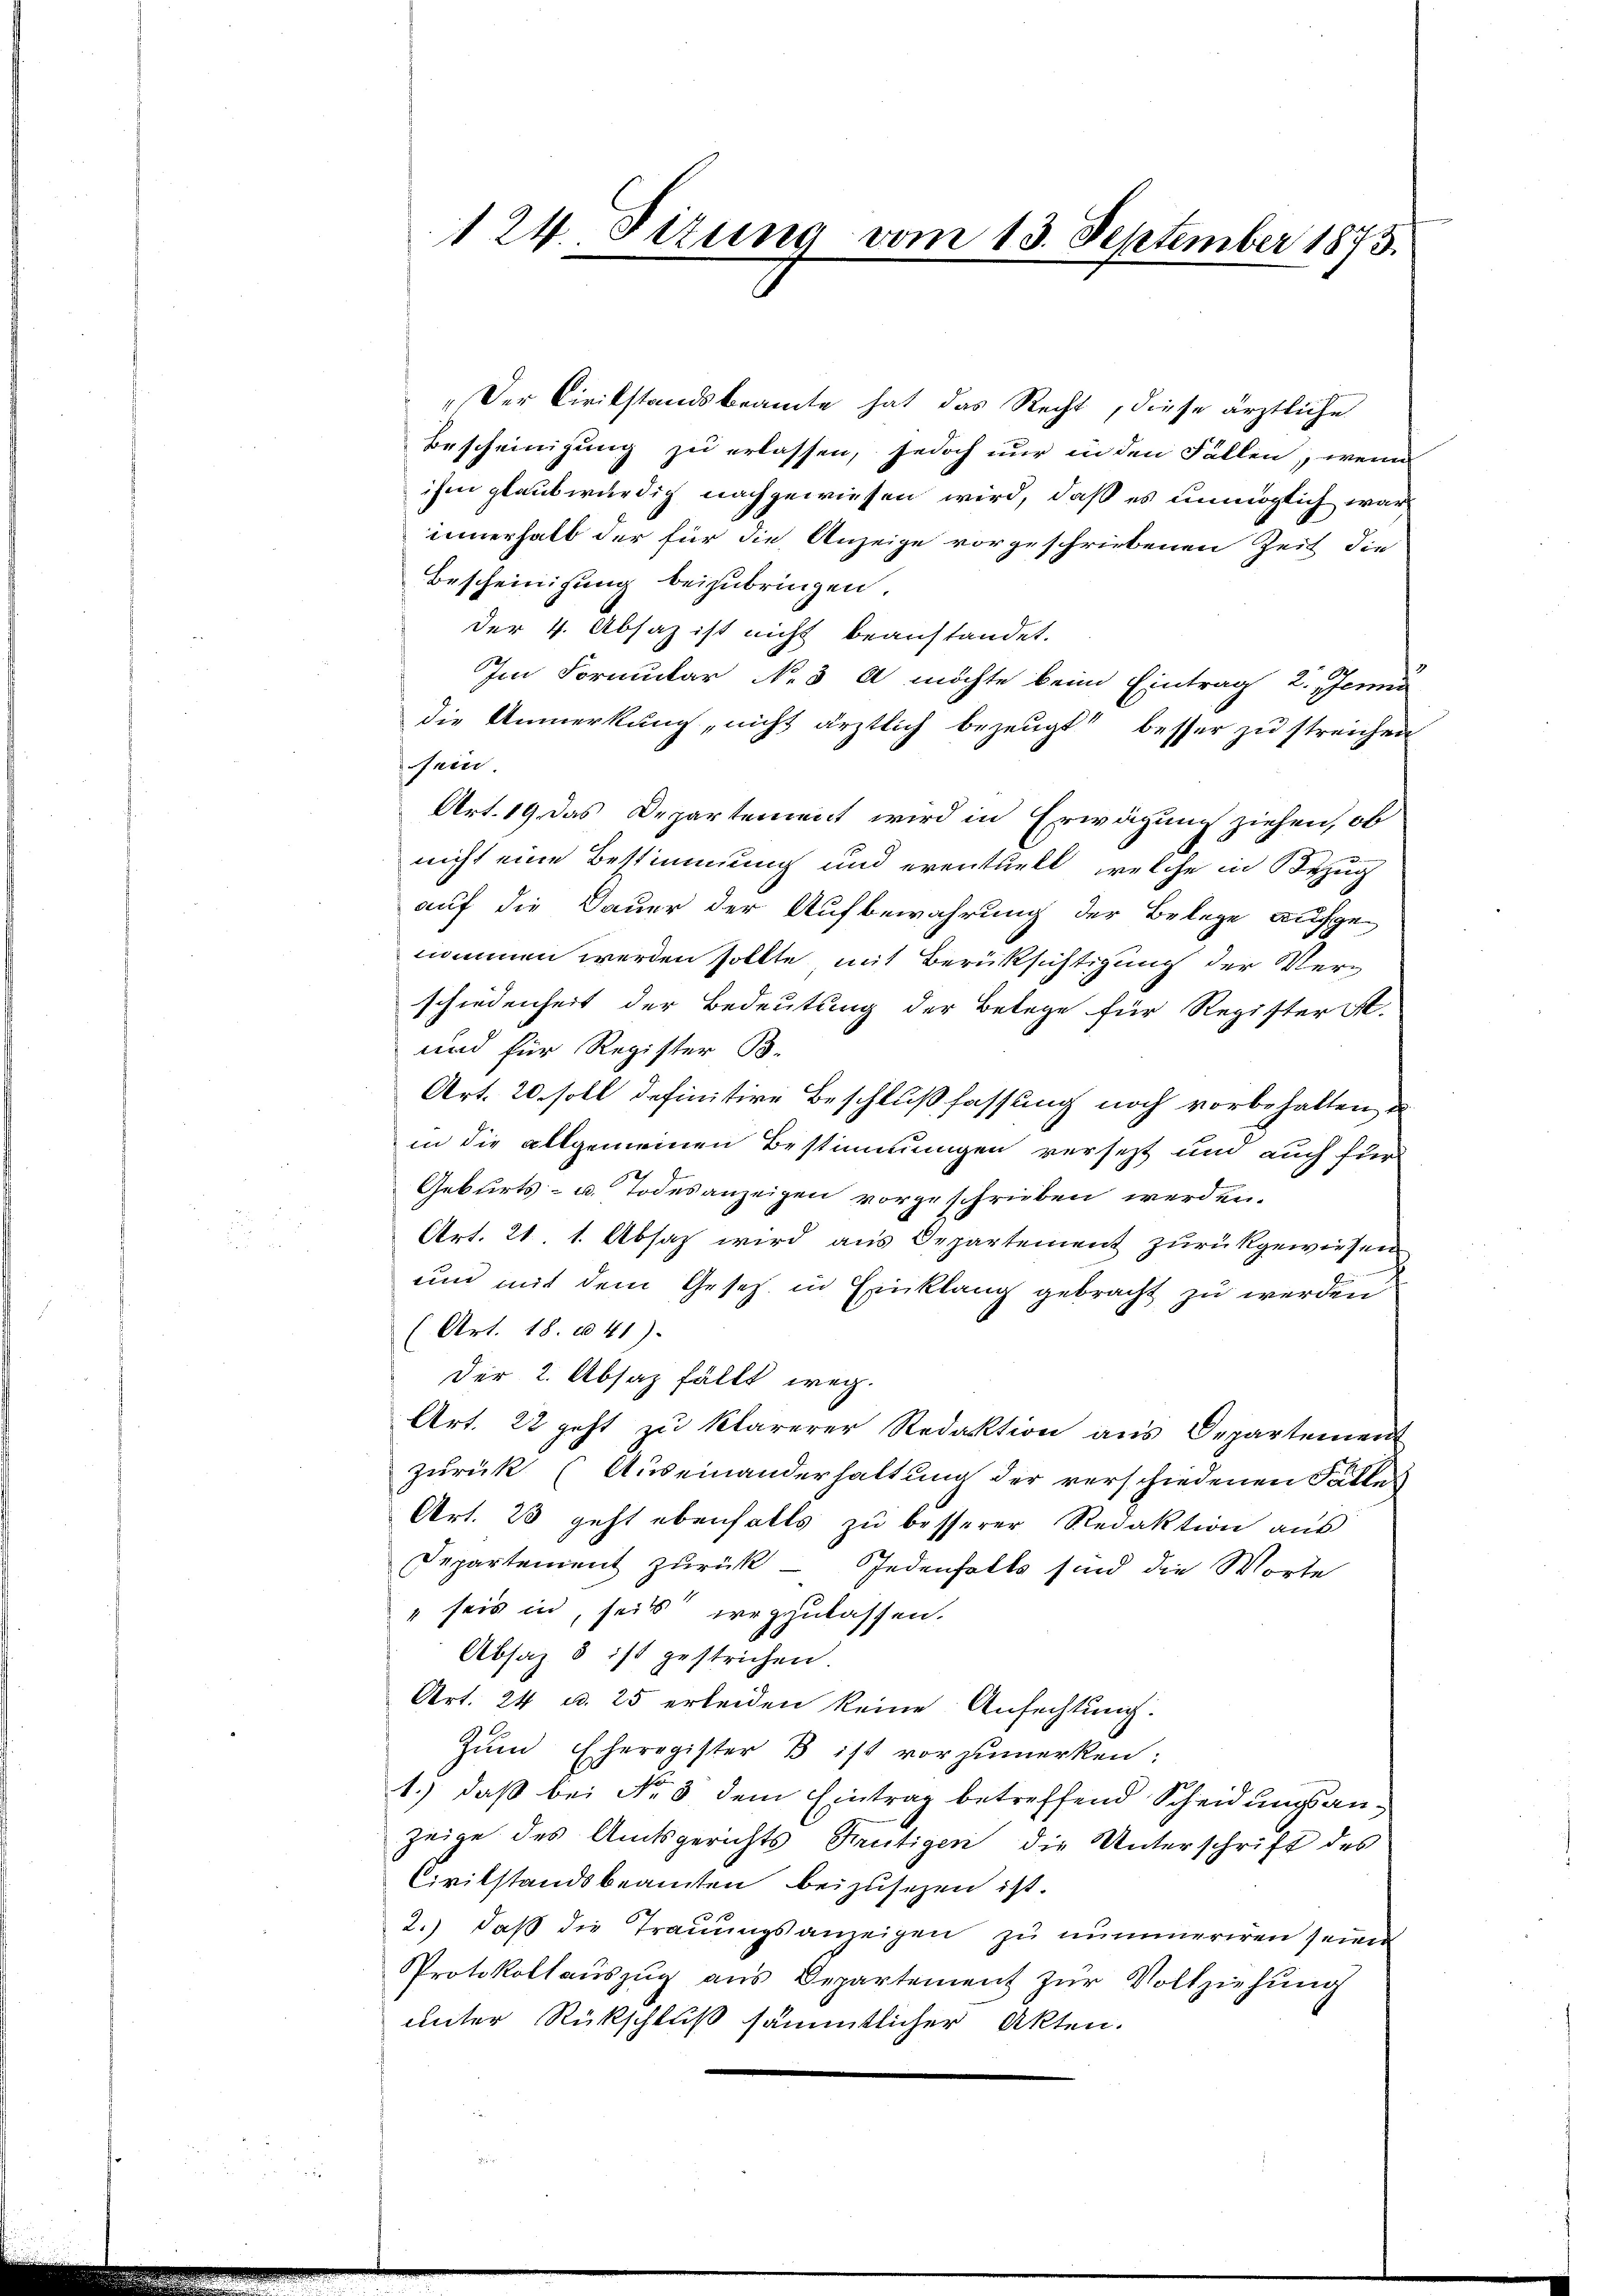
124. Sizung vom 13. September 1873.

„Der Cirikstandsbeamte hat das Recht, diese ärztliche
Bescheinigung zu erlassen, jedoch nur in den Fällen, wenn
ihm glaubwürdig nachgewiesen wird, daß es unmöglich war
innerhalb der für die Anzeige vorgeschriebenen Zeit die
Bescheinigung beizubringen.
der 4. Absaz ist nicht beanstandet.
Im Formular No 3 A möchte beim Eintrag 2. Jenni
die Unmerkung, nicht ärztlich bezeugt besser zu streichen
sein.
Art. 19 das Departement wird in Erwägung ziehen, ob
nicht eine Bestimmung und eventuell, welche in Bezug
auf die Dauer der Aufbewahrung der Belege aufgenommen werden sollte, mit Berüksichtigung der Verschiedenheit der Bedeutung der Belege für Register St.
und für Register B.
Art. 20. soll definitive Beschlußfassung noch vorbehalten, d
in die allgemeinen Bestimmungen versetzt und auch für
Geburts- u. Todesanzeigen vorgeschrieben werden.
Art. 21. 1. Absaz wird aus Departement zurückgewiesen
um mit dem Gesetz in Einklang gebracht zu werden
(Art. 18. 1041).
Der 2. Absaz fällt weg.
Art. 22 geht zu klarerer Redaktion aus Departement
zurück (Auseinanderhaltung der verschiedenen Falles
Art. 23 geht ebenfalls zŭ besserer Redaktion aus
Departement zurück — Jedenfalls sind die Worte
seis in seits irrgzulassen.
Absaz 8 ist gestrichen.
Art. 24 u. 25 erleiden keine Anfechtung.
Zŭm Eheregister B ist vorzumerken:
1.) daß bei No 8 dem Eintrag betreffend Scheidungsanzeige des Amtsgerichts Reutigen die Unterschrift des
Civilstandsbeamten beizusehen ist.
2.) daß die Trauungsanzeigen zu nummeriren seinen
Protokollaŭszŭg ans Departement zŭr Vollziehŭng
unter Rückschluß sämmtlicher Akten.